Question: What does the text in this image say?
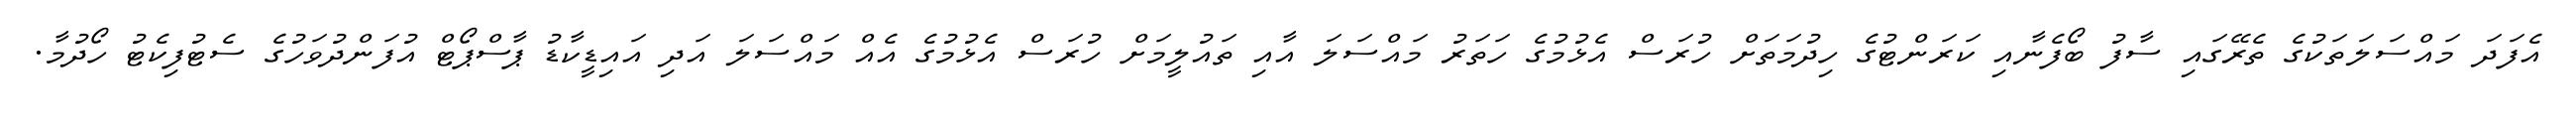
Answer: އެފަދަ މައްސަލަތަކުގެ ތެރޭގައި ސާފު ބޯފެނާއި ކަރަންޓުގެ ހިދުމަތަށް ހުރަސް އެޅުމުގެ ހަތަރު މައްސަލަ އާއި ތައުލީމަށް ހުރަސް އެޅުމުގެ އެއް މައްސަލަ އަދި އައިޑީކާޑު ޕާސްޕޯޓް އުފަންދުވަހުގެ ސެޓުފިކެޓު ހޯދުމާ.